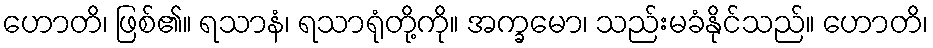
ဟောတိ၊ ဖြစ်၏။ ရသာနံ၊ ရသာရုံတို့ကို။ အက္ခမော၊ သည်းမခံနိုင်သည်။ ဟောတိ၊